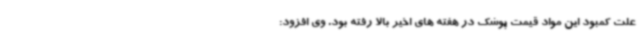
علت کمبود این مواد قیمت پوشک در هفته های اخیر بالا رفته بود. وی افزود: